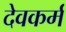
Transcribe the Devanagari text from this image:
देवकर्म